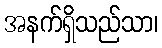
အနက်ရှိသည်သာ၊